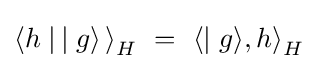
\left\langle h\mid \,\mid g\rangle \,\right\rangle _{H}~=~\left\langle \mid g\rangle ,h\right\rangle _{H}